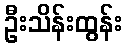
ဦးသိန်းထွန်း